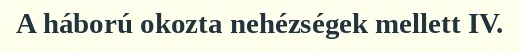
A háború okozta nehézségek mellett IV.